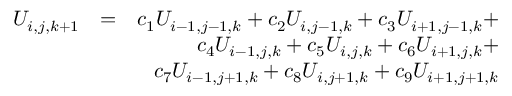
\begin{array} { r l r } { U _ { i , j , k + 1 } } & { = } & { c _ { 1 } U _ { i - 1 , j - 1 , k } + c _ { 2 } U _ { i , j - 1 , k } + c _ { 3 } U _ { i + 1 , j - 1 , k } + } \\ & { } & { c _ { 4 } U _ { i - 1 , j , k } + c _ { 5 } U _ { i , j , k } + c _ { 6 } U _ { i + 1 , j , k } + } \\ & { } & { c _ { 7 } U _ { i - 1 , j + 1 , k } + c _ { 8 } U _ { i , j + 1 , k } + c _ { 9 } U _ { i + 1 , j + 1 , k } } \end{array}